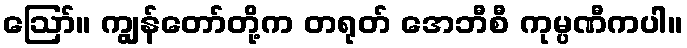
ဪ။ ကျွန်တော်တို့က တရုတ် အေဘီစီ ကုမ္ပဏီကပါ။